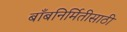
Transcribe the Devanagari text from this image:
बाँबनिर्मितीसाठी